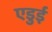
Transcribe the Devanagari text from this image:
एडुई